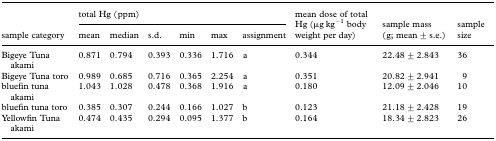
|  | <COLSPAN=6> total Hg (ppm) |  |  |  |
 | sample category | mean | median | s.d. | min | max | assignment | mean dose of total Hg (μg kg−1 body weight per day) | sample mass (g; mean ± s.e.) | sample size |
 | --- | --- | --- | --- | --- | --- | --- | --- | --- | --- |
 | Bigeye Tuna akami | 0.871 | 0.794 | 0.393 | 0.336 | 1.716 | a | 0.344 | 22.48 ± 2.843 | 36 |
 | Bigeye Tuna toro | 0.989 | 0.685 | 0.716 | 0.365 | 2.254 | a | 0.351 | 20.82 ± 2.941 | 9 |
 | bluefin tuna akami | 1.043 | 1.028 | 0.478 | 0.368 | 1.916 | a | 0.180 | 12.09 ± 2.046 | 10 |
 | bluefin tuna toro | 0.385 | 0.307 | 0.244 | 0.166 | 1.027 | b | 0.123 | 21.18 ± 2.428 | 19 |
 | Yellowfin Tuna akami | 0.474 | 0.435 | 0.294 | 0.095 | 1.377 | b | 0.164 | 18.34 ± 2.823 | 26 |